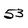
Character: 5